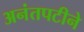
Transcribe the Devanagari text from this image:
अनंतपटीने